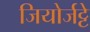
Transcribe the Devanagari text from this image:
जियोर्जट्टे